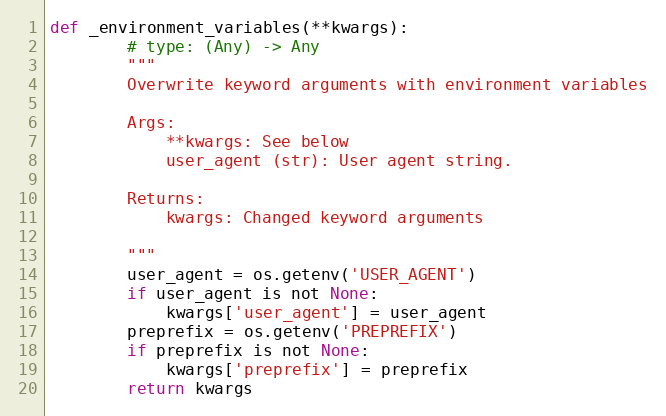
Language: Python
def _environment_variables(**kwargs):
        # type: (Any) -> Any
        """
        Overwrite keyword arguments with environment variables

        Args:
            **kwargs: See below
            user_agent (str): User agent string.

        Returns:
            kwargs: Changed keyword arguments

        """
        user_agent = os.getenv('USER_AGENT')
        if user_agent is not None:
            kwargs['user_agent'] = user_agent
        preprefix = os.getenv('PREPREFIX')
        if preprefix is not None:
            kwargs['preprefix'] = preprefix
        return kwargs